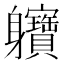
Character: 軉